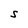
Character: S